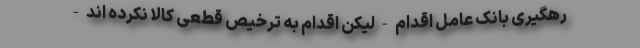
رهگیری بانک عامل اقدام - لیکن اقدام به ترخیص قطعی کالا نکرده اند -